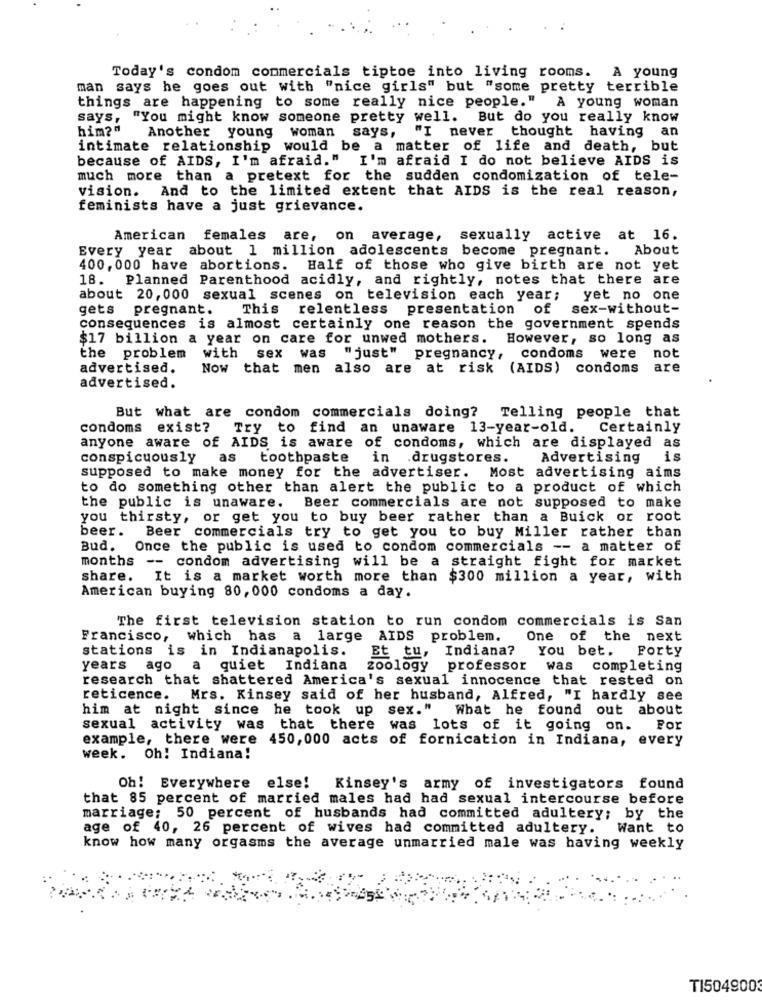
Today's condom commercials tiptoe into living rooms. A young
man says he goes out with "nice girls" but "some pretty terrible
things are happening to some really nice people." A young woman
says,
"You might know someone pretty well. But do you really know
him?"
Another young woman says, "I never thought having an
intimate relationship would be a matter of life and death, but
because of AIDS, I'm afraid." I'm afraid I do not believe AIDS is
much more than a pretext for the sudden condomization of tele-
vision. And to the limited extent that AIDS is the real reason,
feminists have a just grievance.
American females are, on average,
sexually active at 16.
Every year about 1 million adolescents become pregnant.
About
400, 000 have abortions. Half of those who give birth are not yet
18. Planned Parenthood acidly, and rightly, notes that there are
about 20, 000 sexual scenes on television each year;
yet no one
gets pregnant. This relentless presentation
of
sex-without-
consequences is almost certainly one reason the government spends
$17 billion a year on care for unwed mothers. However, so long as
the problem
with sex was
"just" pregnancy, condoms were
not
advertised.
Now that men
also are at risk (AIDS) condoms
are
advertised.
But what are condom commercials doing? Telling people that
condoms exist?
Try to find an unaware 13-year-old.
Certainly
anyone aware of AIDS is aware of condoms, which are displayed as
conspicuously as
toothpaste
in .drugstores.
Advertising
is
supposed to make money for the advertiser. Most advertising aims
to do something other than alert the public to a product of which
the public is unaware. Beer commercials are not supposed to make
you thirsty, or get you to buy beer rather than a Buick or root
beer.
Beer commercials try to get you to buy Miller rather than
Bud.
Once the public is used to condom commercials -- a matter of
months -- condom advertising will be a straight fight for market
share.
It is a market worth more than $300 million a year, with
American buying 80, 000 condoms a day.
The first television station to run condom commercials is San
Francisco, which has a large AIDS problem. One of the next
stations is in Indianapolis.
Indiana? You bet.
Forty
Et tu,
years ago a quiet Indiana
zoology
professor was completing
research that shattered America's sexual innocence that rested on
reticence. Mrs. Kinsey said of her husband, Alfred, "I hardly see
him at night since he took up sex."
What he found out about
sexual activity was that there was lots of it going on.
For
example, there were 450,000 acts of fornication in Indiana, every
week.
Oh! Indiana!
Oh! Everywhere else! Kinsey's army of investigators found
that 85 percent of married males had had sexual intercourse before
marriage; 50 percent of husbands had committed adultery; by the
age of 40, 26 percent of wives had committed adultery. Want to
know how many orgasms the average unmarried male was having weekly
TI504900